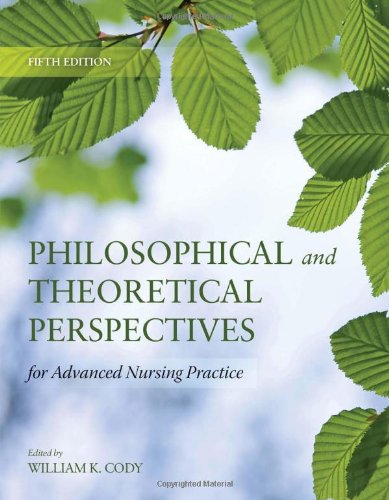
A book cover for Philosophical And Theoretical Perspectives For Advanced Nursing Practice (Cody, Philosophical and Theoretical Perspectives for Advances Nursing Practice); William K. Cody; Medical Books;